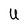
Character: U